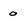
Character: o